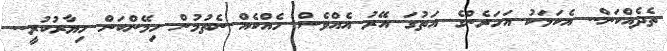
ތެދެއްކަން.. އެކަމަކު އަހަރެންގެ އަތުގަ އޭރު އެއްވެސް ހެއްކެއް ނެތުމުން ހިމޭންކަން ހިޔާރުކުރީ..